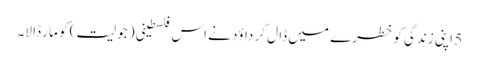
5 اپنی زندگی کو خطرے میں ڈا ل کر داؤد نے اس فلسطینی ( جولیت ) کو مار ڈا لا۔